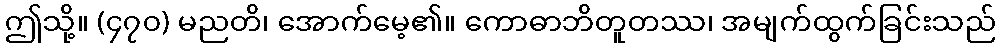
ဤသို့။ (၄၇၀) မညတိ၊ အောက်မေ့၏။ ကောဓာဘိတူတဿ၊ အမျက်ထွက်ခြင်းသည်